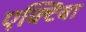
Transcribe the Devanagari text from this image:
एक्टिवा